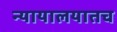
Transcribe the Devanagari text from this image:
न्यायालयातच